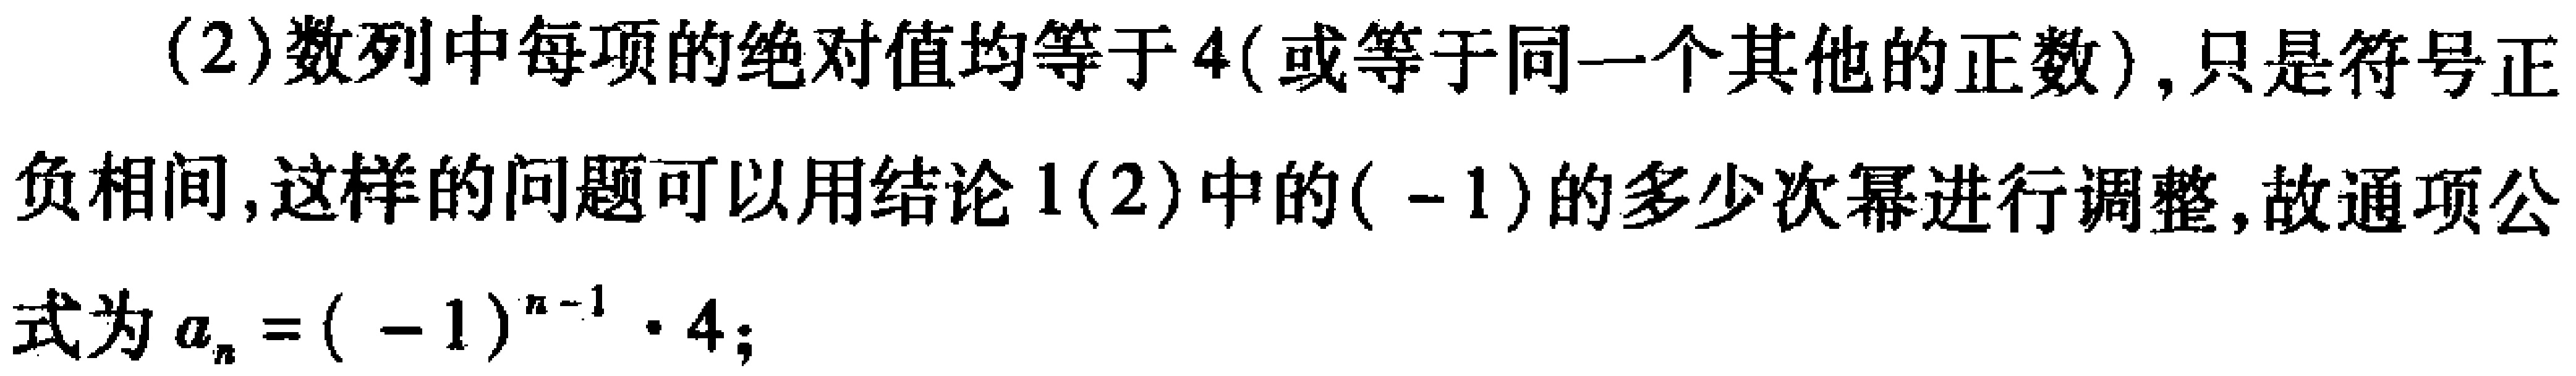
(2)数列中每项的绝对值均等于$4$(或等于同一个其他的正数),只是符号正负相间,这样的问题可以用结论$1(2)$中的$(-1)$的多少次幂进行调整,故通项公式为$a_{n}=(-1)^{n - 1}\cdot4$;